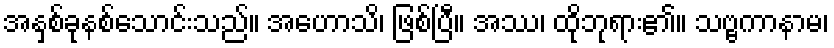
အနှစ်ခုနစ်သောင်းသည်။ အဟောသိ၊ ဖြစ်ပြီ။ အဿ၊ ထိုဘုရား၏။ သဗ္ဗကာနာမ၊